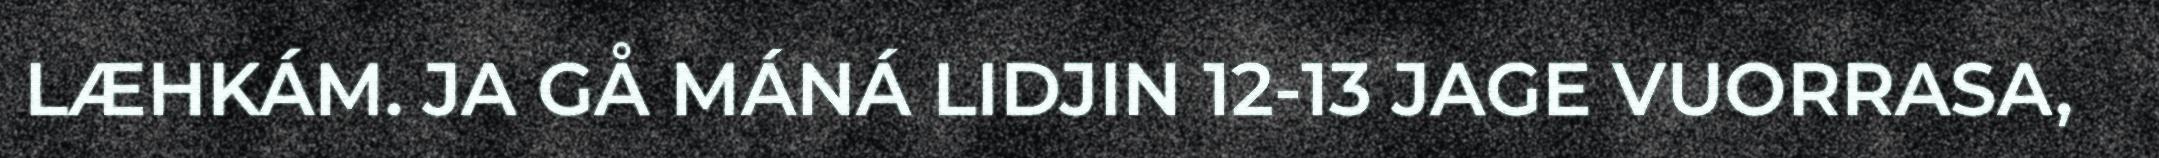
LÆHKÁM. JA GÅ MÁNÁ LIDJIN 12-13 JAGE VUORRASA,